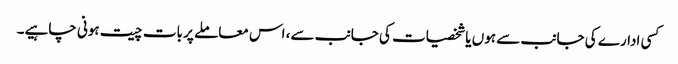
کسی ادارے کی جانب سے ہوں یا شخصیات کی جانب سے، اس معاملے پر بات چیت ہونی چاہیے۔